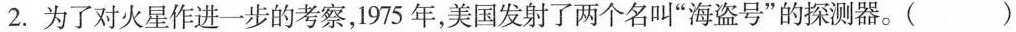
2. 为了对火星作进一步的考察，1975年，美国发射了两个名叫”海盗号”的探测器。()